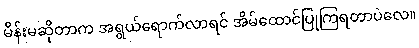
မိန်းမဆိုတာက အရွယ်ရောက်လာရင် အိမ်ထောင်ပြုကြရတာပဲလေ။